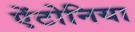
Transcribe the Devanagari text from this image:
ऐंटोनिया